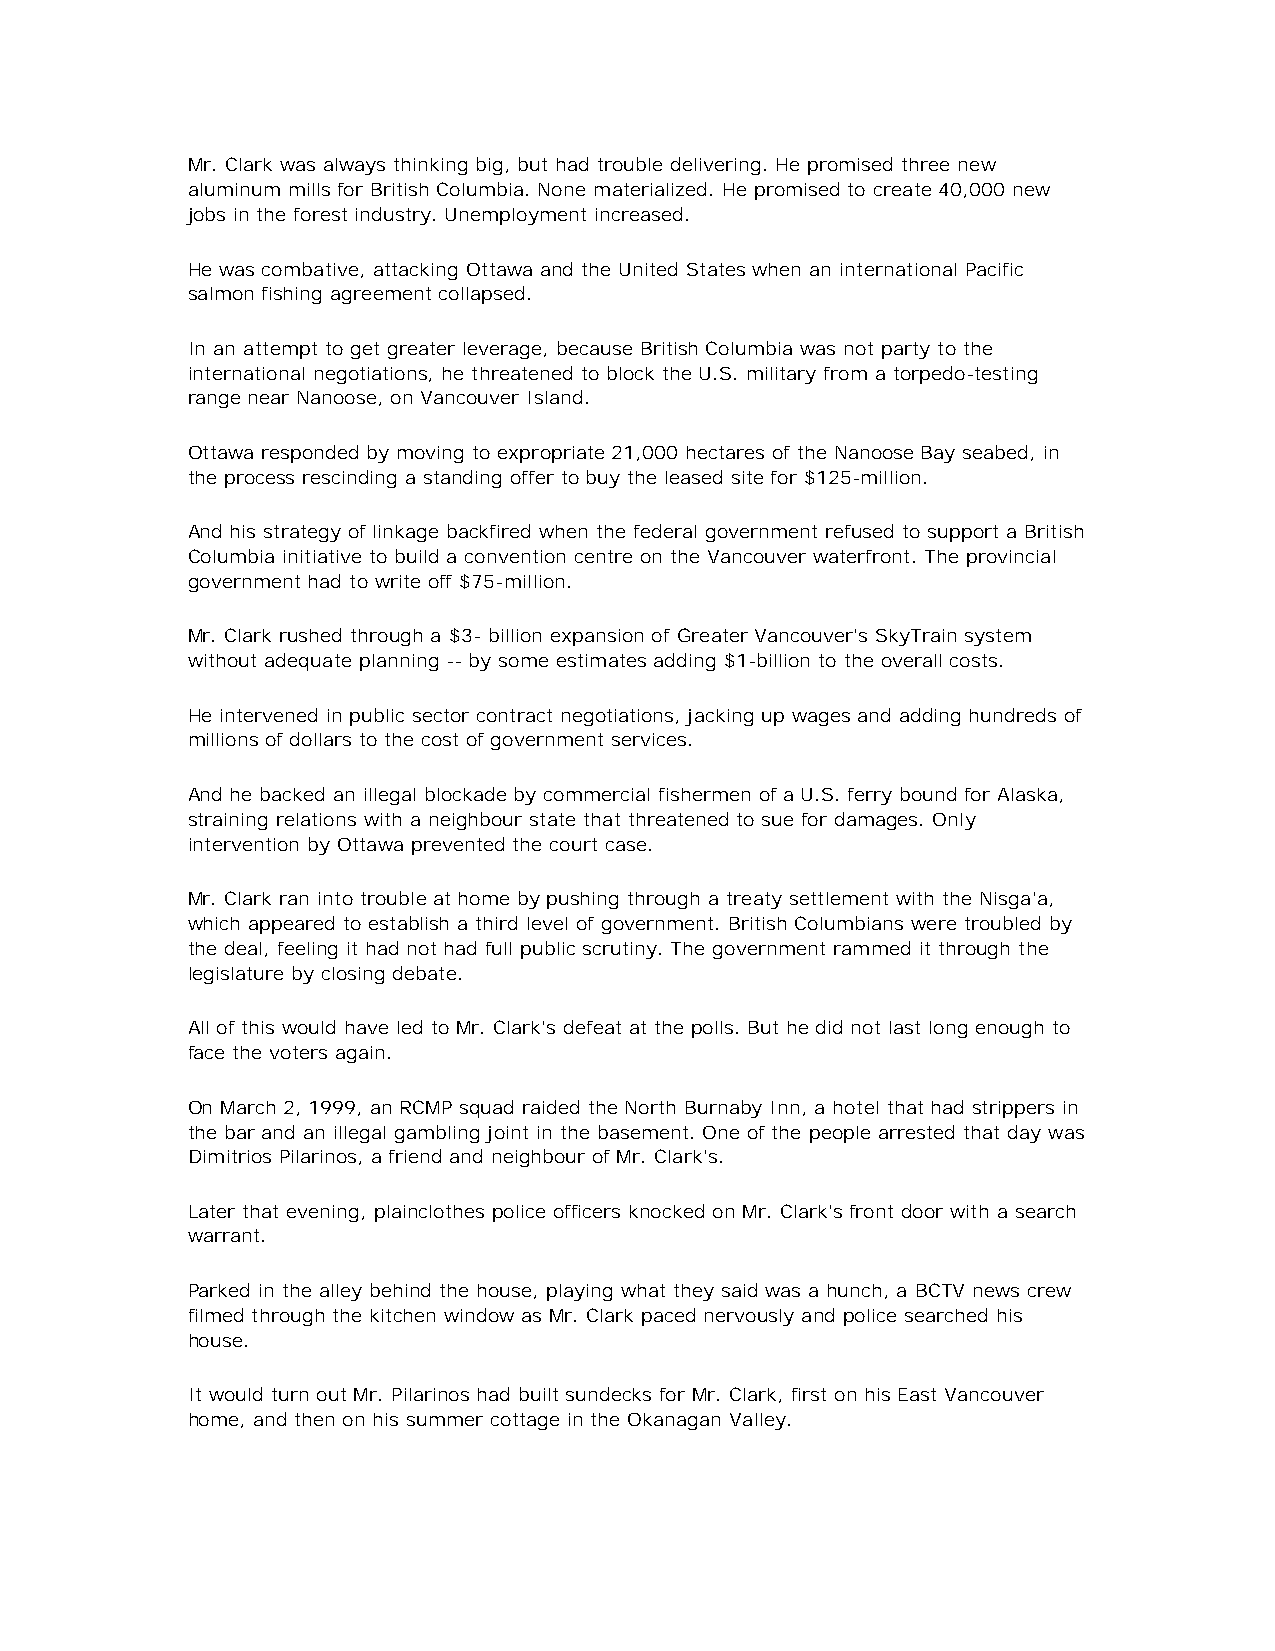
Mr. Clark was always thinking big, but had trouble delivering. He promised three new
 aluminum mills for British Columbia. None materialized. He promised to create 40,000 new
 jobs in the forest industry. Unemployment increased.
 He was combative, attacking Ottawa and the United States when an international Pacific
 salmon fishing agreement collapsed.
 In an attempt to get greater leverage, because British Columbia was not party to the
 international negotiations, he threatened to block the U.S. military from a torpedo-testing
 range near Nanoose, on Vancouver Island.
 Ottawa responded by moving to expropriate 21,000 hectares of the Nanoose Bay seabed, in
 the process rescinding a standing offer to buy the leased site for $125-million.
 And his strategy of linkage backfired when the federal government refused to support a British
 Columbia initiative to build a convention centre on the Vancouver waterfront. The provincial
 government had to write off $75-million.
 Mr. Clark rushed through a $3- billion expansion of Greater Vancouver's SkyTrain system
 without adequate planning -- by some estimates adding $1-billion to the overall costs.
 He intervened in public sector contract negotiations, jacking up wages and adding hundreds of
 millions of dollars to the cost of government services.
 And he backed an illegal blockade by commercial fishermen of a U.S. ferry bound for Alaska,
 straining relations with a neighbour state that threatened to sue for damages. Only
 intervention by Ottawa prevented the court case.
 Mr. Clark ran into trouble at home by pushing through a treaty settlement with the Nisga'a,
 which appeared to establish a third level of government. British Columbians were troubled by
 the deal, feeling it had not had full public scrutiny. The government rammed it through the
 legislature by closing debate.
 All of this would have led to Mr. Clark's defeat at the polls. But he did not last long enough to
 face the voters again.
 On March 2, 1999, an RCMP squad raided the North Burnaby Inn, a hotel that had strippers in
 the bar and an illegal gambling joint in the basement. One of the people arrested that day was
 Dimitrios Pilarinos, a friend and neighbour of Mr. Clark's.
 Later that evening, plainclothes police officers knocked on Mr. Clark's front door with a search
 warrant.
 Parked in the alley behind the house, playing what they said was a hunch, a BCTV news crew
 filmed through the kitchen window as Mr. Clark paced nervously and police searched his
 house.
 It would turn out Mr. Pilarinos had built sundecks for Mr. Clark, first on his East Vancouver
 home, and then on his summer cottage in the Okanagan Valley.